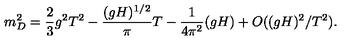
m _ { D } ^ { 2 } = \frac { 2 } { 3 } g ^ { 2 } T ^ { 2 } - \frac { ( g H ) ^ { 1 / 2 } } { \pi } T - \frac { 1 } { 4 \pi ^ { 2 } } ( g H ) + O ( ( g H ) ^ { 2 } / T ^ { 2 } ) .